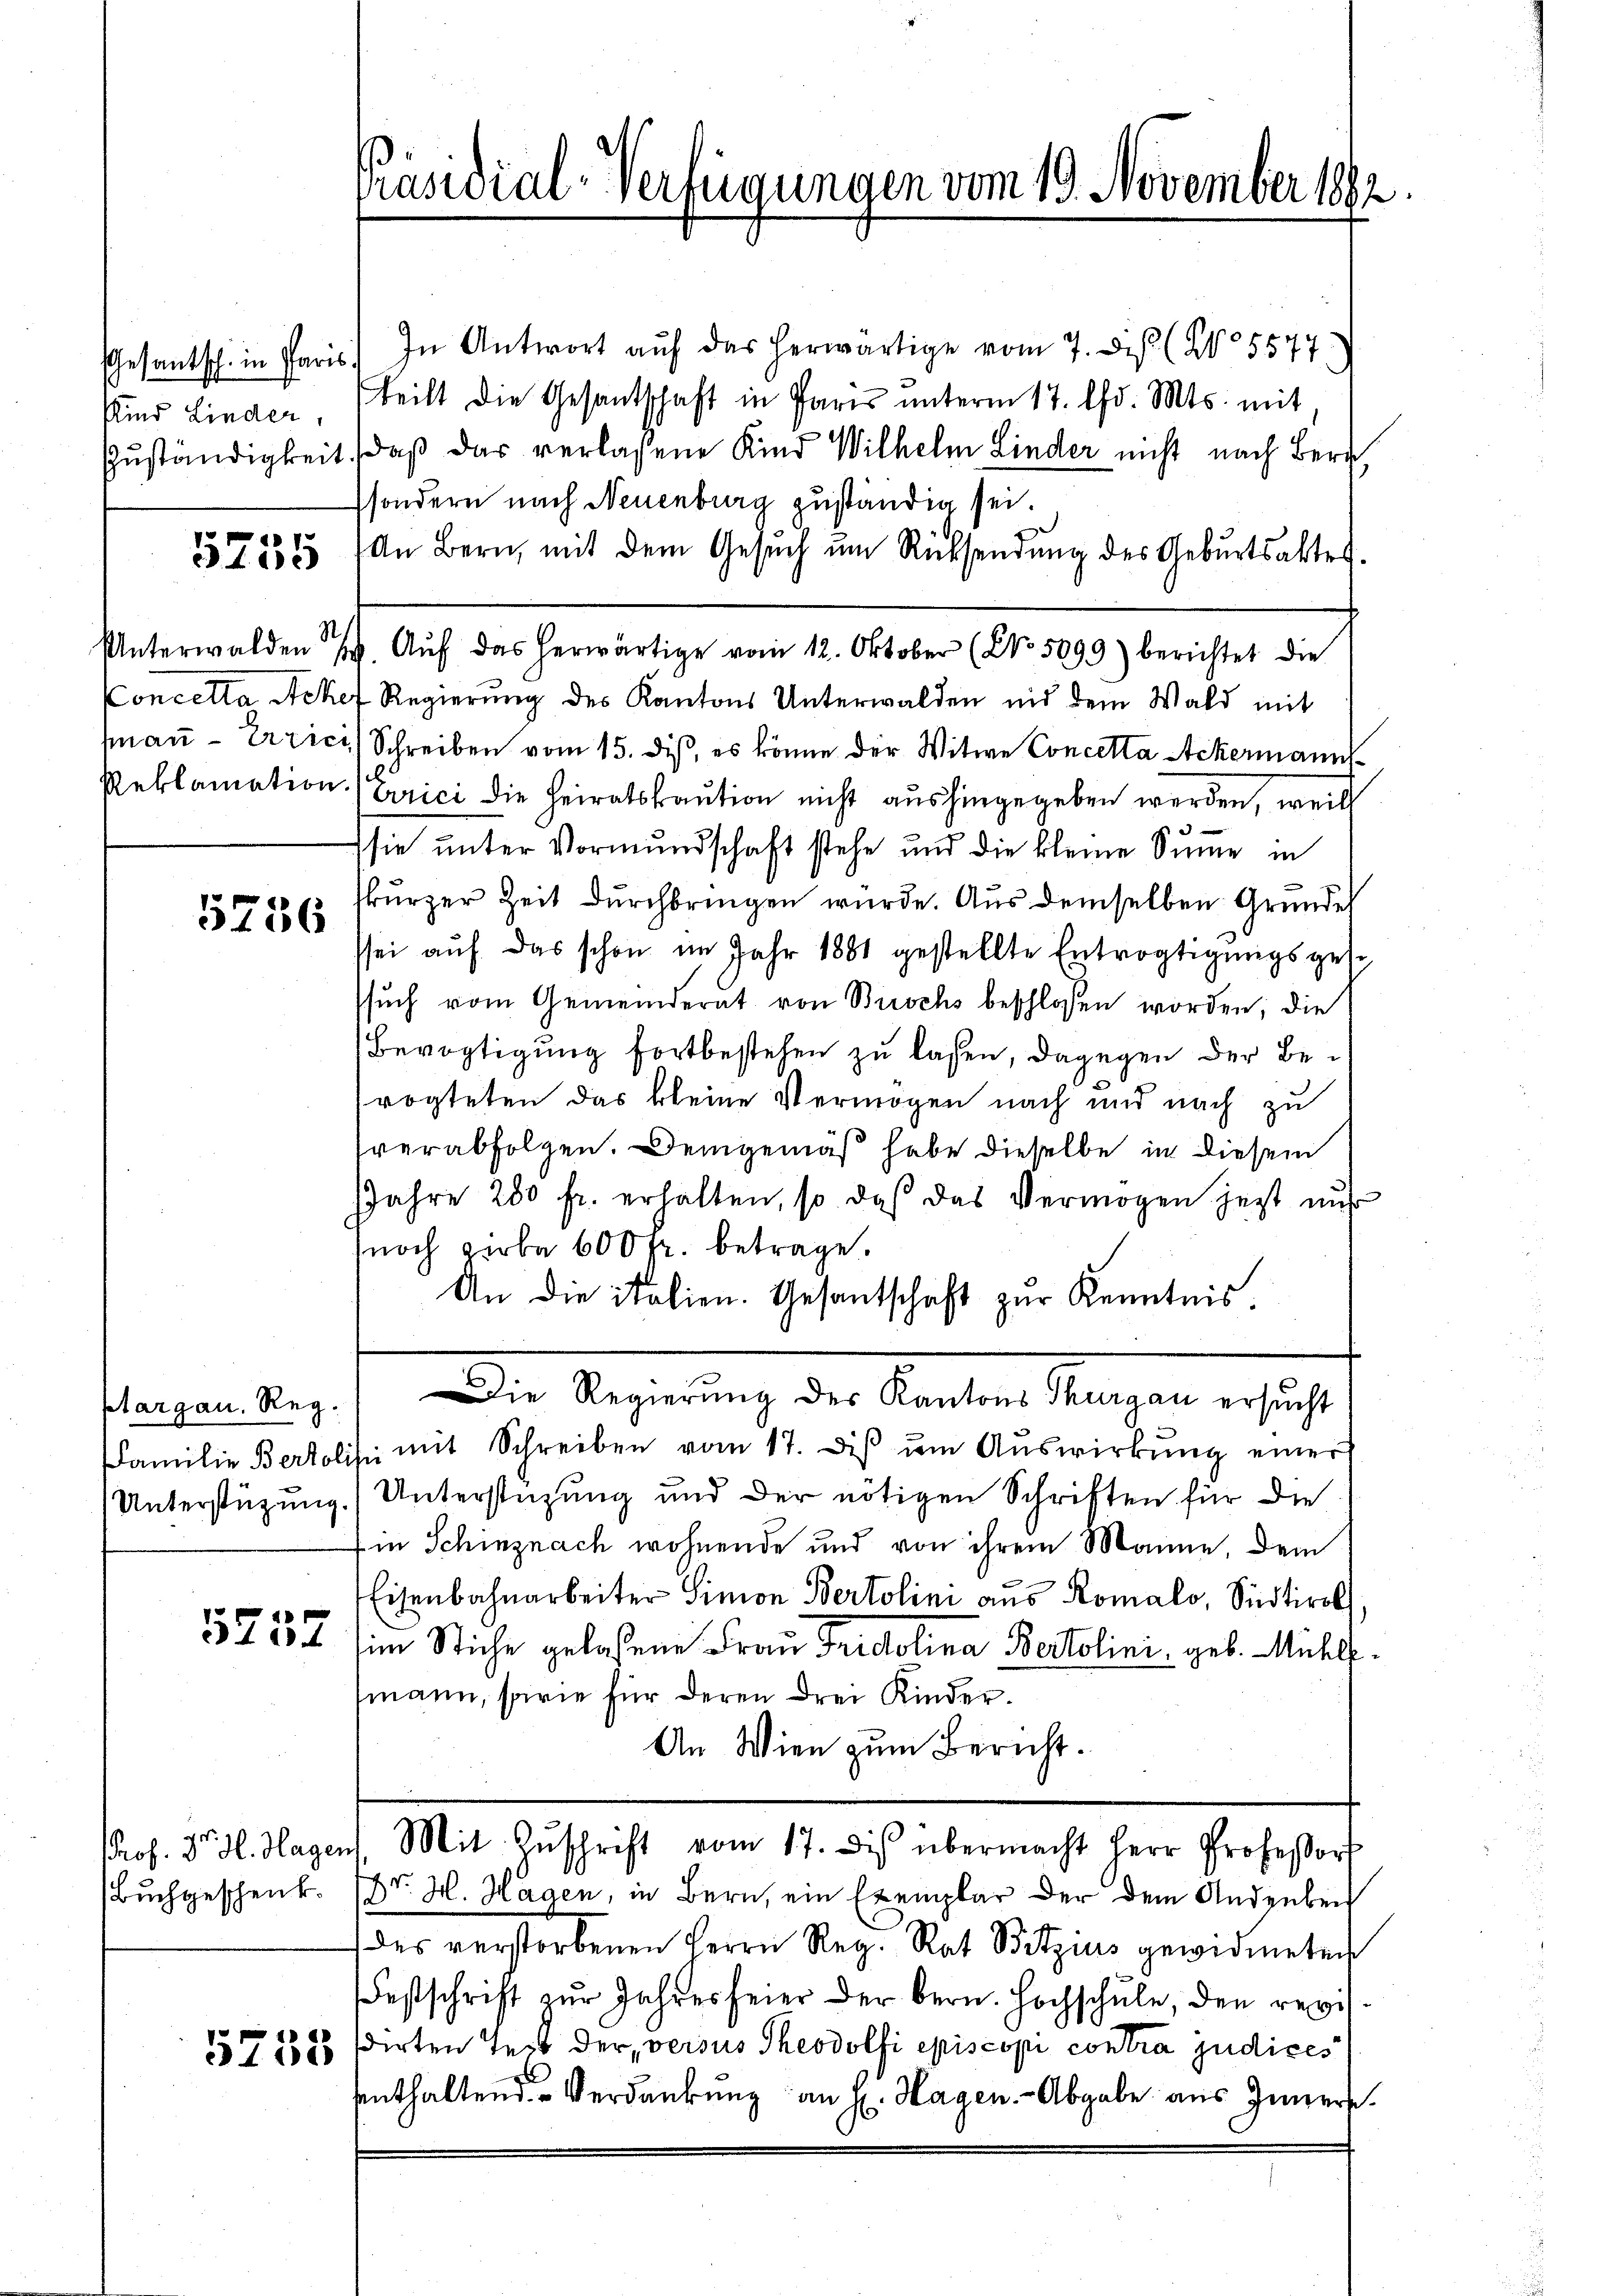
Gesantsch. in Paris
Kind Linder,

5255

5756

ptargau. Reg.

(Buchgeschenk.

5733

Präsidial-Verfügungen vom 19. November 1892.

In Antwort auf das herwärtige vom 7. des (No 5577.
teilt die Gesantschaft in Paris unterm 17. Chr. Mts. mit
Zuständigkeit, daß das verlassene Kind Wilhelm Linder nicht nach Bern,
sondern nach Neuenburg zuständig sei.
An Bern, mit dem Gesŭch ŭm Rücksendung des Geburtsakter.
Unterwalden 19. Aŭf das herwärtige vom 12. Oktober (NNo. 5099) berichtet die
Concella Acker Regierung des Kantons Unterwalden nid dem Wald mit
aṅ- Errici Schreiben vom 15. dis, es könne der Witwe Concella Ackermann
Reklamation (Eirici die Heiratskaution nicht aushingegeben werden, weil
sie unter Vormundschaft stehe und die kleine Summe in
skurzer Zeit durchbringen würde. Aus demselben Gründe
ssei aŭf das schon im Jahr 1881 gestellte Entvogtigungsgese
ssuch vom Gemeinderat von Buchs beschlossen worden; die
Bevogtigung fortbestehen zu lassen, dagegen der Befrogteten das kleine Vermögen nach und nach zu
verabfolgen. Demgemäß habe dieselbe in diesem
JJahre 200 fr. erhalten, so daß das Vermögen jetzt auf
noch Zirbe 600 fr. betrage.
An die italien. Gesantschaft zur Kenntnis.
Die Regierung des Kantons Thurgau ersucht
Familie Bertolis mit Schreiben vom 17. diβ ŭm Aŭswirkŭng einer
Unterstüzung.) Unterstützung und der nötigen Schriften für die
Ein Schinznach wohnende und von ihrem Manne, dem
Eisenbahnarbeiter Simon Bertolini aus Romalo, Südtirol
37552 (im Stiche gelassene Frau Tridolina Bertolini, geb. Mühle
fmann, sowie für deren drei Kinder.
An Wien zum Bericht.
Prof. J. H. Hagen Mit Zŭschrift vom 17. Dies übermacht Herr Professor
Dr. H. Hagen, in Bern, ein Exemplar der dem Andenben
des verstorbenen Herrn Reg. Rat Bitzius gewidmeten
estschrift zŭr Jahresfeier der bern. Hochschŭle, den revis
dirten Teil der versus Theodolfi episcopi contra judices
enthaltend Verdankŭng an H. Hagen. - Abgabe aus Inners

N.

.